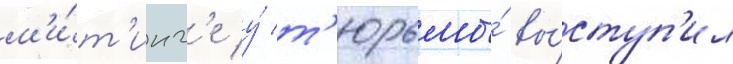
м'и́т'инг'е у́ т'юрьмы́ вы́ступ'ил